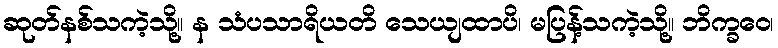
ဆုတ်နစ်သကဲ့သို့။ န သံပသာရိယတိ သေယျထာပိ၊ မပြန့်သကဲ့သို့။ ဘိက္ခဝေ၊